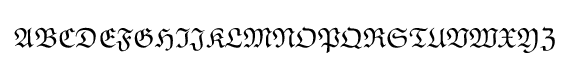
{\mathfrak {A}}{\mathfrak {B}}{\mathfrak {C}}{\mathfrak {D}}{\mathfrak {E}}{\mathfrak {F}}{\mathfrak {G}}{\mathfrak {H}}{\mathfrak {I}}{\mathfrak {J}}{\mathfrak {K}}{\mathfrak {L}}{\mathfrak {M}}{\mathfrak {N}}{\mathfrak {O}}{\mathfrak {P}}{\mathfrak {Q}}{\mathfrak {R}}{\mathfrak {S}}{\mathfrak {T}}{\mathfrak {U}}{\mathfrak {V}}{\mathfrak {W}}{\mathfrak {X}}{\mathfrak {Y}}{\mathfrak {Z}}